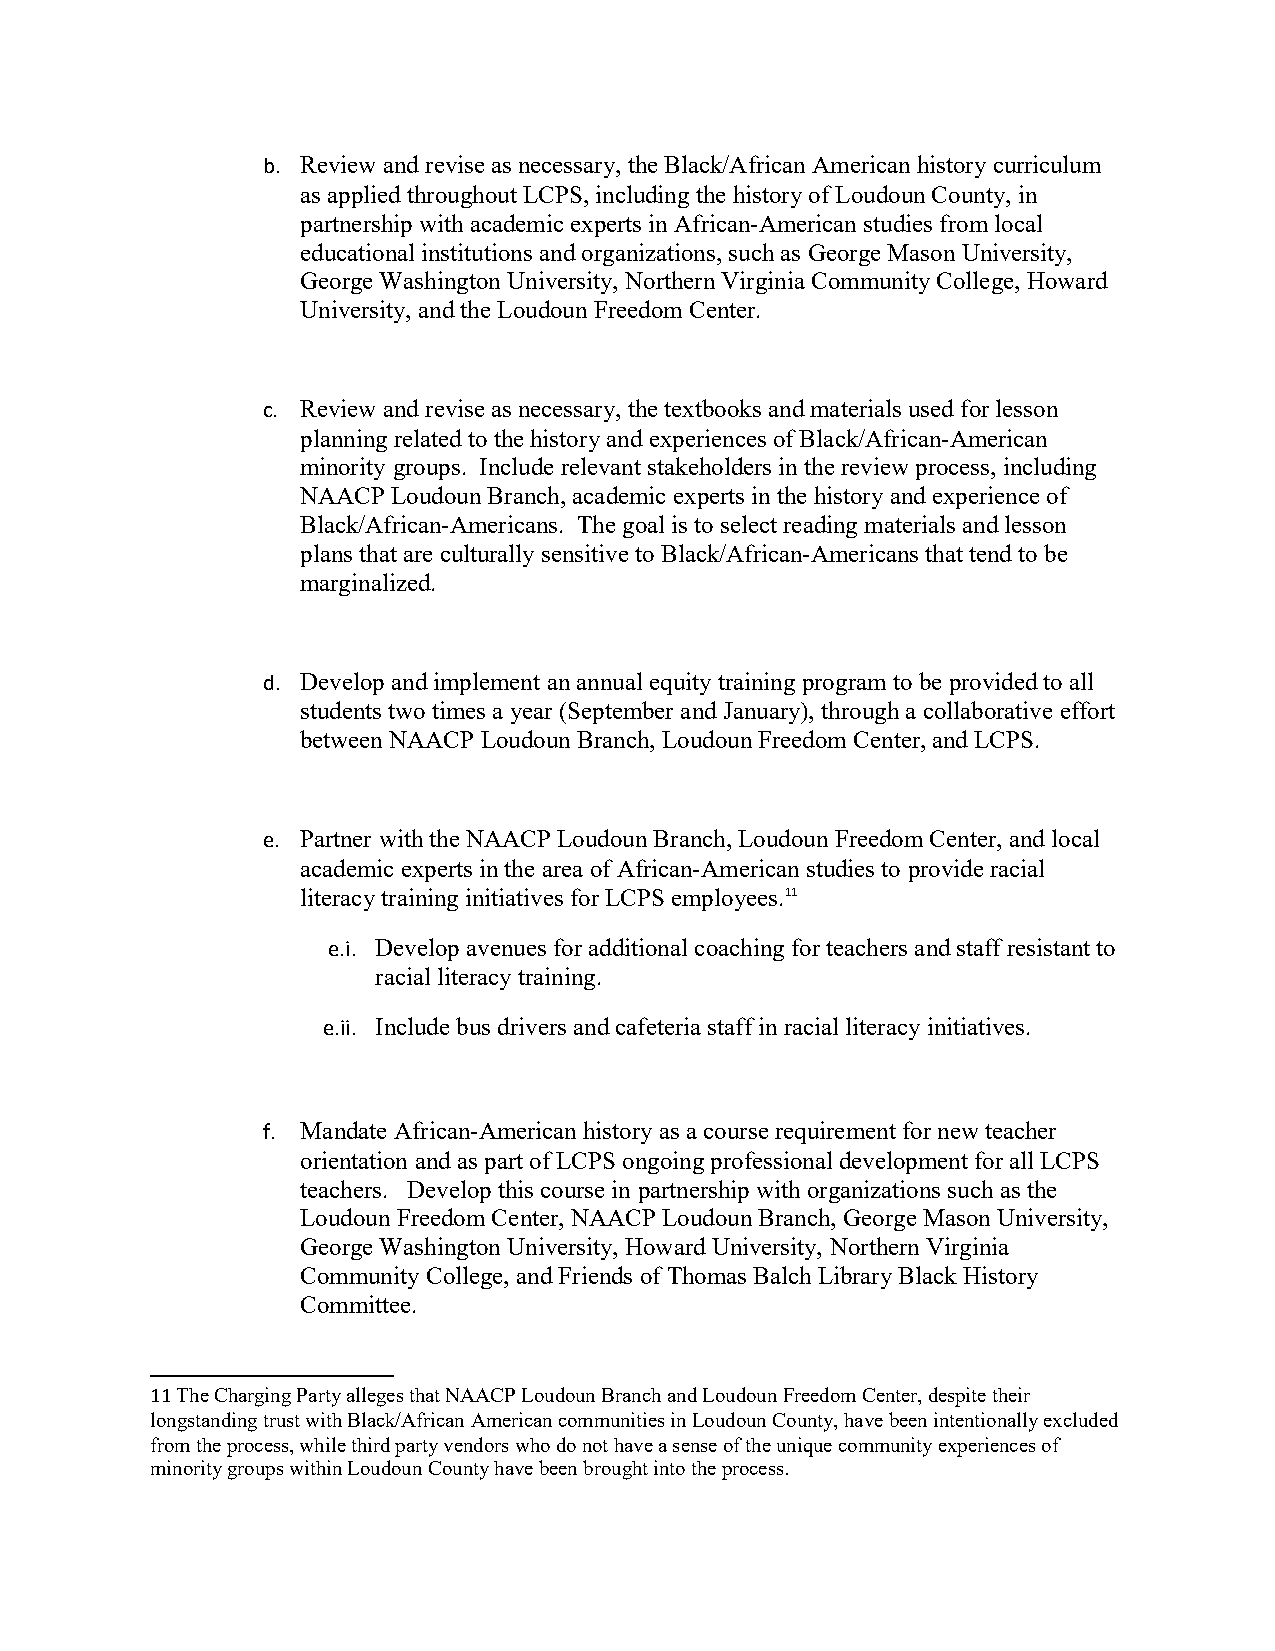
b. Review and revise as necessary, the Black/African American history curriculum
 as applied throughout LCPS, including the history of Loudoun County, in
 partnership with academic experts in African-American studies from local
 educational institutions and organizations, such as George Mason University,
 George Washington University, Northern Virginia Community College, Howard
 University, and the Loudoun Freedom Center.
 c. Review and revise as necessary, the textbooks and materials used for lesson
 planning related to the history and experiences of Black/African-American
 minority groups. Include relevant stakeholders in the review process, including
 NAACP Loudoun Branch, academic experts in the history and experience of
 Black/African-Americans. The goal is to select reading materials and lesson
 plans that are culturally sensitive to Black/African-Americans that tend to be
 marginalized.
 d. Develop and implement an annual equity training program to be provided to all
 students two times a year (September and January), through a collaborative effort
 between NAACP Loudoun Branch, Loudoun Freedom Center, and LCPS.
 e. Partner with the NAACP Loudoun Branch, Loudoun Freedom Center, and local
 academic experts in the area of African-American studies to provide racial
 literacy training initiatives for LCPS employees.11
 e.i. Develop avenues for additional coaching for teachers and staff resistant to
 racial literacy training.
 e.ii. Include bus drivers and cafeteria staff in racial literacy initiatives.
 f. Mandate African-American history as a course requirement for new teacher
 orientation and as part of LCPS ongoing professional development for all LCPS
 teachers. Develop this course in partnership with organizations such as the
 Loudoun Freedom Center, NAACP Loudoun Branch, George Mason University,
 George Washington University, Howard University, Northern Virginia
 Community College, and Friends of Thomas Balch Library Black History
 Committee.
 11 The Charging Party alleges that NAACP Loudoun Branch and Loudoun Freedom Center, despite their
 longstanding trust with Black/African American communities in Loudoun County, have been intentionally excluded
 from the process, while third party vendors who do not have a sense of the unique community experiences of
 minority groups within Loudoun County have been brought into the process.